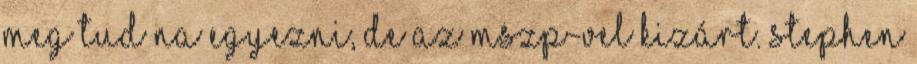
meg tud na egyezni, de az MSZP-vel kizárt. Stephen